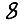
Digit: 8